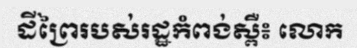
ដីព្រៃរបស់រដ្ឋកំពង់ស្ពឺ៖ លោក